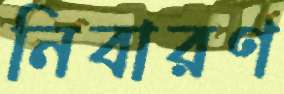
নিবারণ